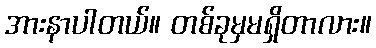
အားနာပါတယ်။ တစ်ခုမှမရှိတာလား။